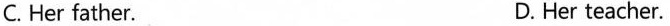
C. Her father. D. Her teacher.